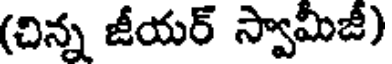
(చిన్న జీయర్ స్వామీజీ)